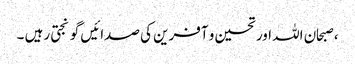
، صبحان اللہ اور تحسین و آفرین کی صدائیں گونجتی رہیں ۔